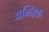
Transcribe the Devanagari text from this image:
अग्निक